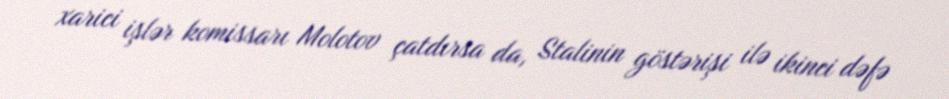
xarici işlər komissarı Molotov çatdırsa da, Stalinin göstərişi ilə ikinci dəfə